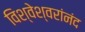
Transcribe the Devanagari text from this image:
विश्वेश्वरांनंद